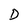
Character: D